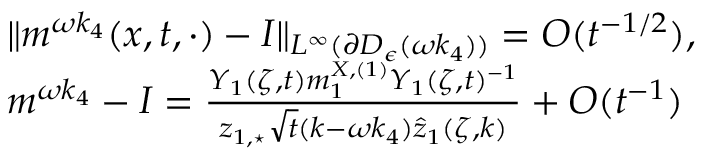
\begin{array} { r l } & { \| m ^ { \omega k _ { 4 } } ( x , t , \cdot ) - I \| _ { L ^ { \infty } ( \partial D _ { \epsilon } ( \omega k _ { 4 } ) ) } = O ( t ^ { - 1 / 2 } ) , } \\ & { m ^ { \omega k _ { 4 } } - I = \frac { Y _ { 1 } ( \zeta , t ) m _ { 1 } ^ { X , ( 1 ) } Y _ { 1 } ( \zeta , t ) ^ { - 1 } } { z _ { 1 , \star } \sqrt { t } ( k - \omega k _ { 4 } ) \hat { z } _ { 1 } ( \zeta , k ) } + O ( t ^ { - 1 } ) } \end{array}